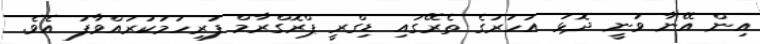
އިން އޭނާ ވަނީ ދޮޅު އަހަރުގެ ތެރޭގައި ޑިގްރީ ޕްރޮގްރާމް ފުރިހަަމަކުރައްވާފަ އެވެ.